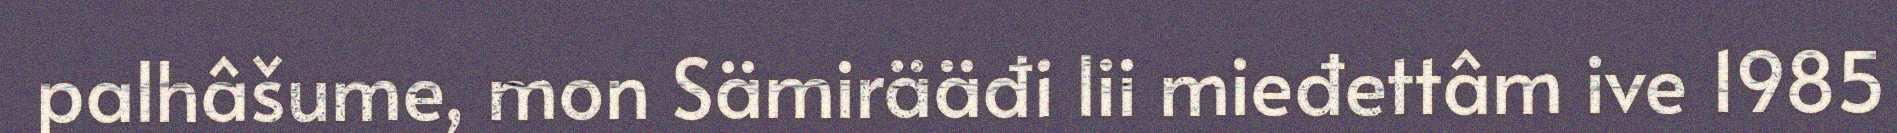
palhâšume, mon Sämirääđi lii mieđettâm ive 1985